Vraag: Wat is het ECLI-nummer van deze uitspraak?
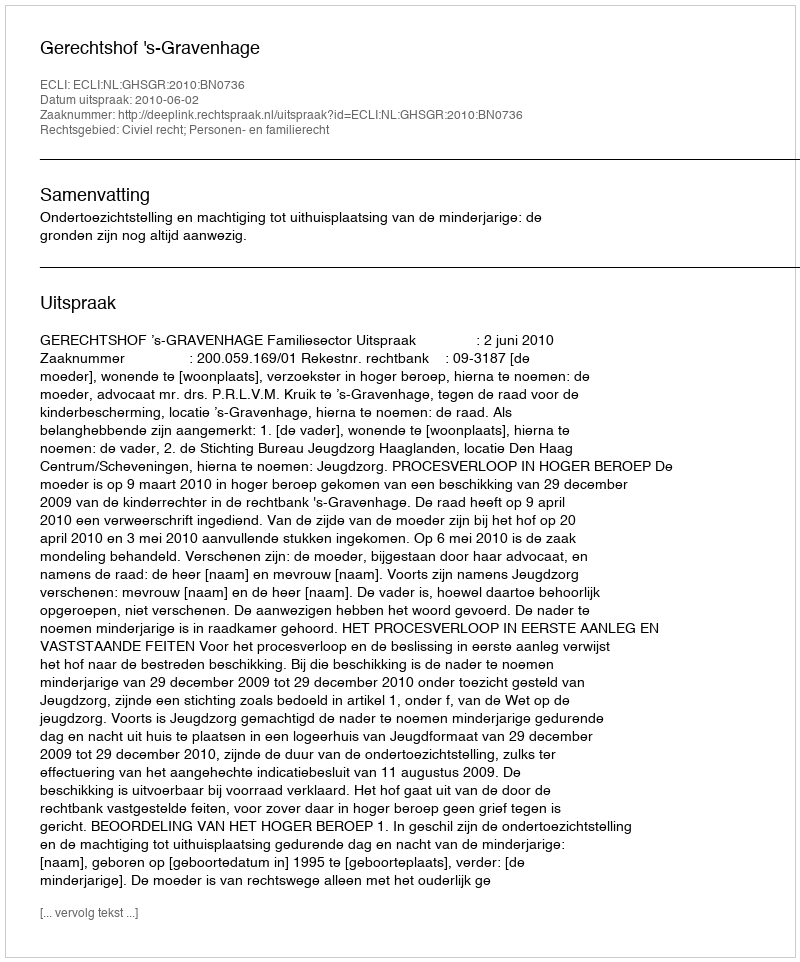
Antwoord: ECLI:NL:GHSGR:2010:BN0736